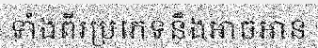
ទាំងពីរប្រភេទនឹងអាចអាន